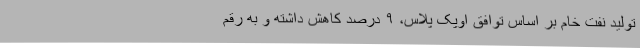
تولید نفت خام بر اساس توافق اوپک پلاس، ۹ درصد کاهش داشته و به رقم